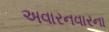
અવારનવારના